Vaccination in Burma 1920-1933 - 1920-1933
Year: 1920
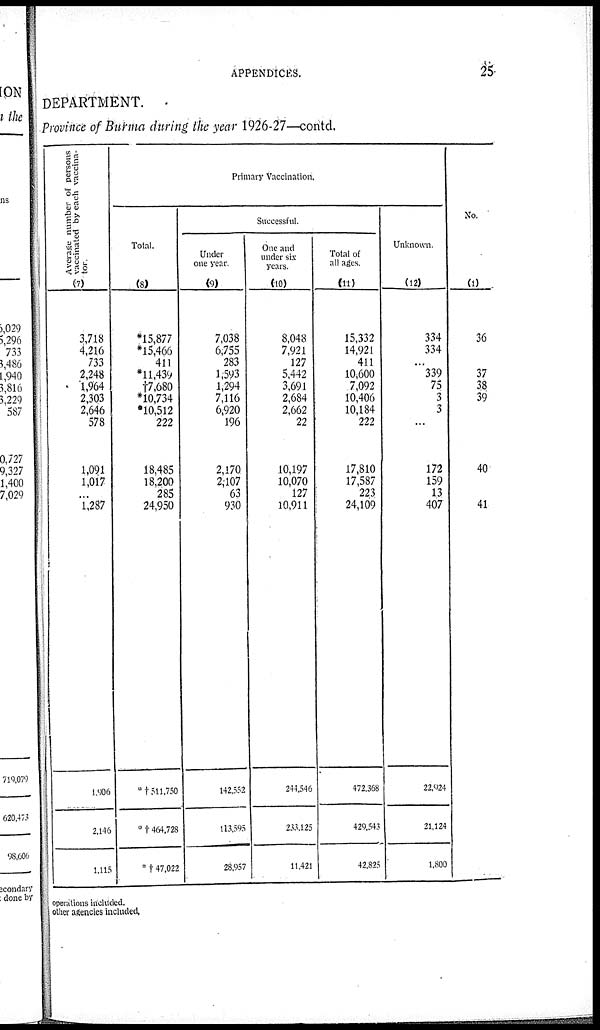
APPENDICES.
25
DEPARTMENT.
Province of Burma during the year 1926-27—contd.
Average number of persons
vaccinated by each vaccina-
tor.
(7)
3,718
4,216
733
2,248
1,964
2,303
2,646
578
1,091
1,017
...
1,287
1,906
2,146
1,115
Primary Vaccination.
Total.
(8)
*15,877
*15,466
411
*11,439
†7,680
*10,734
*10,512
222
18,485
18,200
285
24,950
*† 311,750
* †464,728
* †47,022
Successful.
Under
one year.
(9)
7,038
6,755
283
1,593 1,294
7,116
6,920
196
2,170
2,107
63
930
142,552
113,595
28,957
One and
under six
years.
(10)
8,048
7,921
127
5,442
3,691
2,684
2,662
22
10,197
10,070
127
10,911
244,546
233,125
11,421
Total of
all ages.
(11)
15,332
14,921
411
10,600
7,092
10,406
10,184
222
17,810
17,587
223
24,109
472,368
429,543
42,825
Unknown.
(12)
334
334
...
339
75
3
3
...
172
159
13
407
22,924
21,124
1,800
No.
(1)
36
37
38
39
40
41
perations included.
ther agencies included.